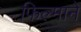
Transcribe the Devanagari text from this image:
फिल्‍माने